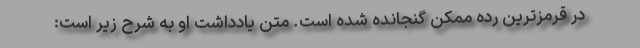
در قرمزترین رده ممکن گنجانده شده است. متن یادداشت او به شرح زیر است: